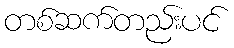
တစ်ဆက်တည်းပင်